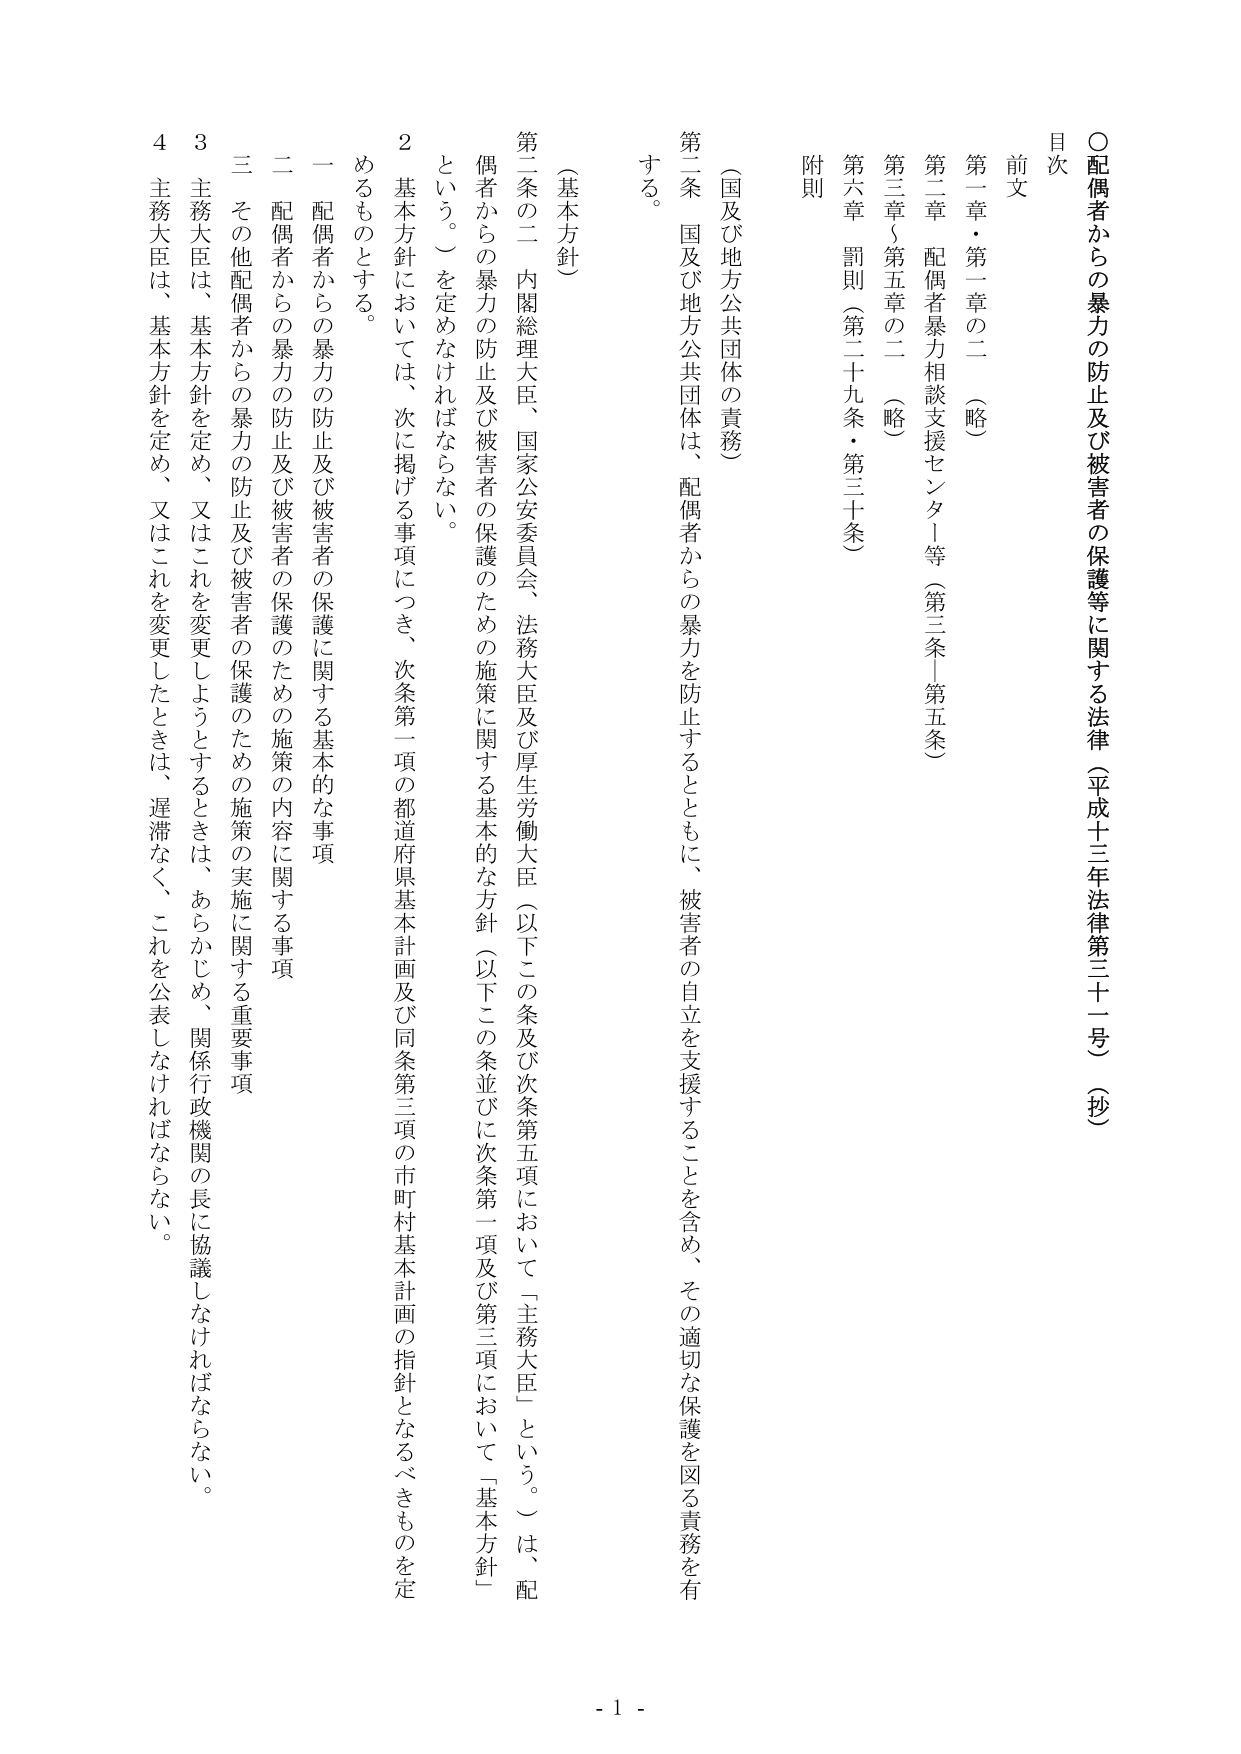
○配偶者からの暴力の防止及び被害者の保護等に関する法律（平成十三年法律第三十一号）（抄）

目次
前文
第一章・第一章の二（略）
第二章 配偶者暴力相談支援センター等（第三条－第五条）
第三章（第五章の二）（略）
第六章 罰則（第二十九条・第三十条）
附則

（国及び地方公共団体の責務）
第二条 国及び地方公共団体は、配偶者からの暴力を防止するとともに、被害者の自立を支援することを含め、その適切な保護を図る責務を有する。

（基本方針）
第二条の二 内閣総理大臣、国家公安委員会、法務大臣及び厚生労働大臣（以下この条及び次条第五項において「主務大臣」という。）は、配偶者からの暴力の防止及び被害者の保護のための施策に関する基本的な方針（以下この条並びに次条第一項及び第三項において「基本方針」という。）を定めなければならない。
２ 基本方針においては、次に掲げる事項につき、次条第一項の都道府県基本計画及び同条第三項の市町村基本計画の指針となるべきものを定めるものとする。
一 配偶者からの暴力の防止及び被害者の保護に関する基本的な事項
二 配偶者からの暴力の防止及び被害者の保護のための施策の内容に関する事項
三 その他配偶者からの暴力の防止及び被害者の保護のための施策の実施に関する重要事項
３ 主務大臣は、基本方針を定め、又はこれを変更しようとするときは、あらかじめ、関係行政機関の長に協議しなければならない。
４ 主務大臣は、基本方針を定め、又はこれを変更したときは、遅滞なく、これを公表しなければならない。

- 1 -